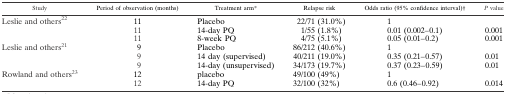
<table><thead><tr><td><b>Study</b></td><td><b>Period of observation (months)</b></td><td><b>Treatment arm*</b></td><td><b>Relapse risk</b></td><td><b>Odds ratio (95% confidence interval)†</b></td><td><b><i>P</i> value</b></td></tr></thead><tbody><tr><td rowspan="3">Leslie and others22</td><td>11</td><td>Placebo</td><td>22/71 (31.0%)</td><td>1</td><td></td></tr><tr><td>11</td><td>14-day PQ</td><td>1/55 (1.8%)</td><td>0.01 (0.002–0.1)</td><td>0.001</td></tr><tr><td>11</td><td>8-week PQ</td><td>4/75 (5.1%)</td><td>0.05 (0.01–0.2)</td><td>0.001</td></tr><tr><td rowspan="3">Leslie and others21</td><td>9</td><td>Placebo</td><td>86/212 (40.6%)</td><td>1</td><td></td></tr><tr><td>9</td><td>14 day (supervised)</td><td>40/211 (19.0%)</td><td>0.35 (0.21–0.57)</td><td>0.01</td></tr><tr><td>9</td><td>14-day (unsupervised)</td><td>34/173 (19.7%)</td><td>0.37 (0.23–0.59)</td><td>0.01</td></tr><tr><td rowspan="2">Rowland and others23</td><td>12</td><td>placebo</td><td>49/100 (49%)</td><td>1</td><td></td></tr><tr><td>12</td><td>14-day PQ</td><td>32/100 (32%)</td><td>0.6 (0.46–0.92)</td><td>0.014</td></tr></tbody></table>